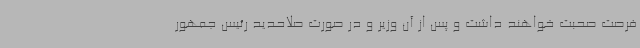
فرصت صحبت خواهند داشت و پس از آن وزیر و در صورت صلاحدید رئیس جمهور